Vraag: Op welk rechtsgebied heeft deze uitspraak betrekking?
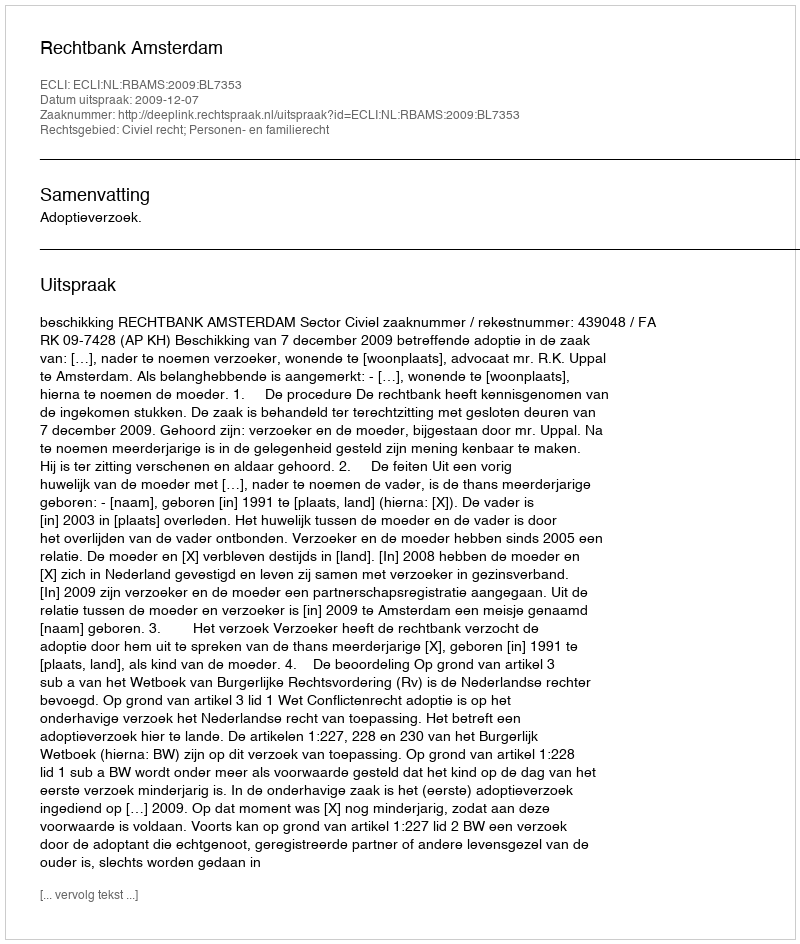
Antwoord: Civiel recht; Personen- en familierecht